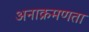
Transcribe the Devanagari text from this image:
अनाक्रमणता